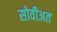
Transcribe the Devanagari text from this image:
सोवीअत